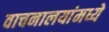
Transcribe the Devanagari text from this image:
वाचनालयांमध्ये